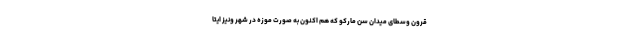
قرون وسطای میدانِ سن مارکو که هم اکنون به صورت موزه در شهر ونیز ایتا